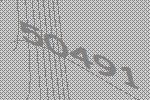
50491